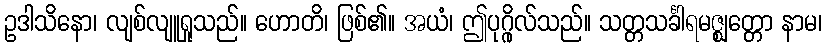
ဥဒါသိနော၊ လျစ်လျူရှုသည်။ ဟောတိ၊ ဖြစ်၏။ အယံ၊ ဤပုဂ္ဂိုလ်သည်။ သတ္တသင်္ခါရမဇ္ဈတ္တော နာမ၊